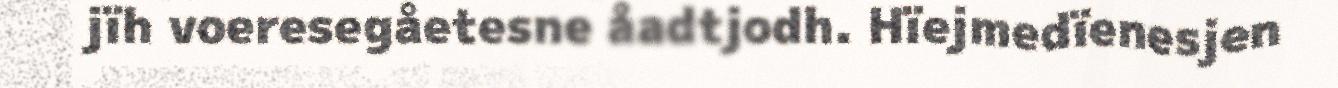
jïh voeresegåetesne åadtjodh. Hïejmedïenesjen